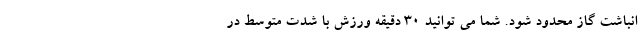
انباشت گاز محدود شود. شما می توانید 30 دقیقه ورزش با شدت متوسط در